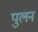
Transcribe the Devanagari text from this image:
पुलन